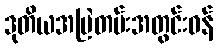
ဒုတိယအမြဲတမ်းအတွင်းဝန်